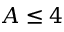
A \leq 4